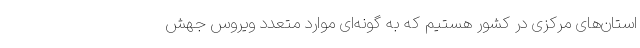
استان‌های مرکزی در کشور هستیم که به گونه‌ای موارد متعدد ویروس جهش